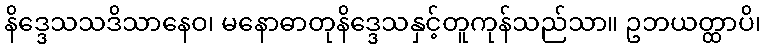
နိဒ္ဒေသသဒိသာနေဝ၊ မနောဓာတုနိဒ္ဒေသနှင့်တူကုန်သည်သာ။ ဥဘယတ္ထာပိ၊